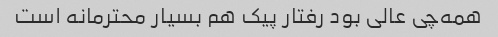
همه‌چی عالی بود رفتار پیک هم بسیار محترمانه است